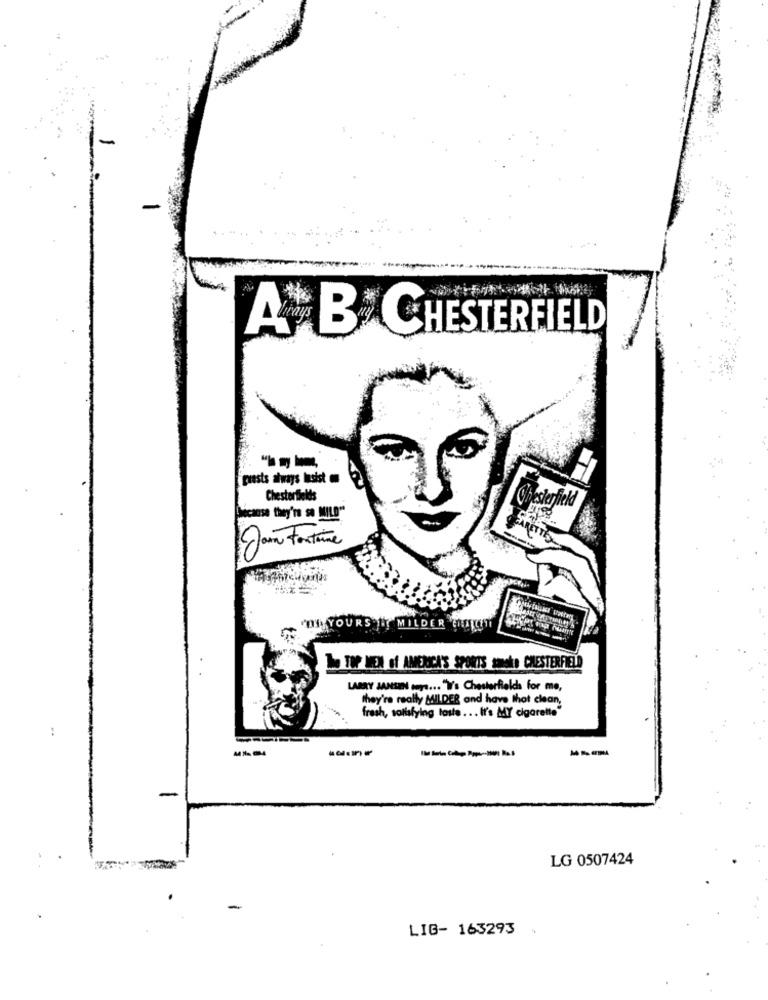
A B CHESTERFIELD
prests always lesist
Chesterfields
Chesterfield
sose they're se MILD"
'DE YOURS || MILDER CHUTI
The TOP MEN of AMERICA'S SPORTS smoke CHESTERFIELD
LARRY JANSEN omy .... "W's Chesterfieldha for me,
they're really MILDER and have that clean,
fresh, satisfying taste ... It's MY cigarette"
:
-
LG 0507424
LIG- 163293